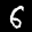
Label: 6